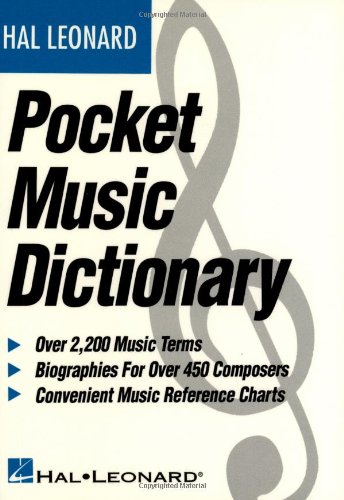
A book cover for The Hal Leonard Pocket Music Dictionary; Reference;